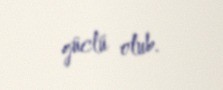
güclü olub.